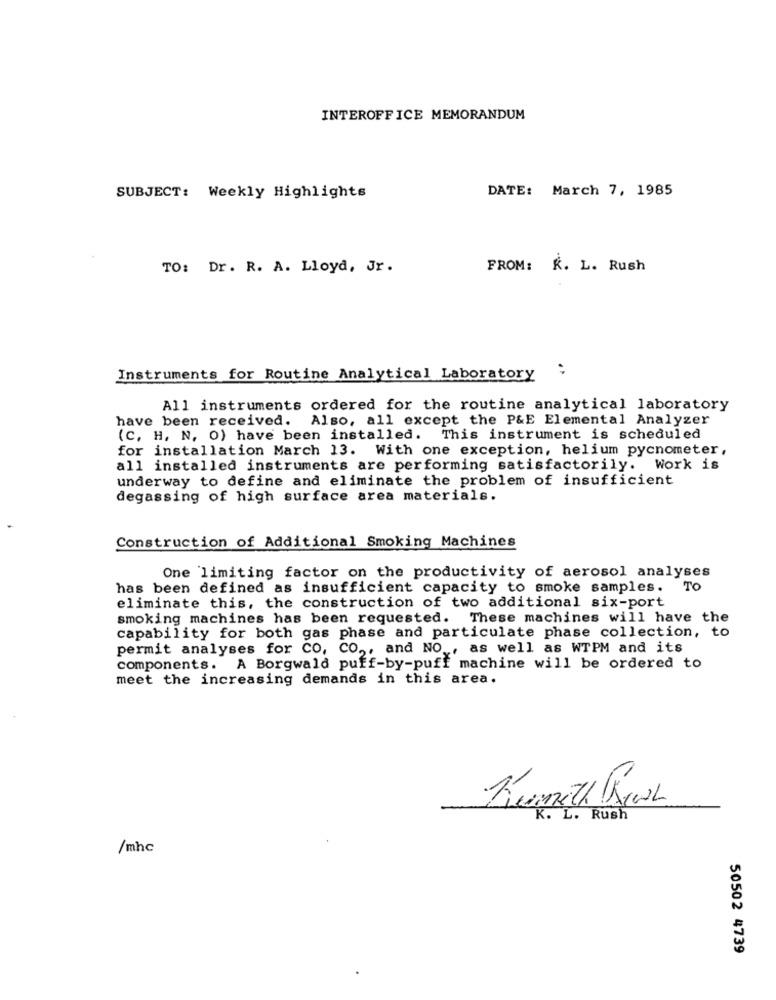
INTEROFFICE MEMORANDUM
DATE: March 7, 1985
SUBJECT: Weekly Highlights
TO: Dr. R. A. Lloyd, Jr.
FROM: K. L. Rush
Instruments for Routine Analytical Laboratory
All instruments ordered for the routine analytical laboratory
have been received. Also, all except the P&E Elemental Analyzer
(C, H, N, O) have been installed. This instrument is scheduled
for installation March 13. With one exception, helium pycnometer,
all installed instruments are performing satisfactorily. Work is
underway to define and eliminate the problem of insufficient
degassing of high surface area materials.
Construction of Additional Smoking Machines
One 'limiting factor on the productivity of aerosol analyses
has been defined as insufficient capacity to smoke samples.
TO
eliminate this, the construction of two additional six-port
smoking machines has been requested. These machines will have the
capability for both gas phase and particulate phase collection, to
permit analyses for CO, CO ,, and NO ., as well as WTPM and its
components. A Borgwald puff-by-puff machine will be ordered to
meet the increasing demands in this area.
Kenneth Kwh
K. L. Rush
/mhc
50502 4739